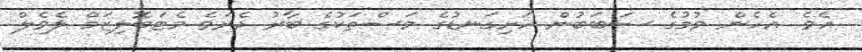
އެވެ. އެހެން ވުމުގެ ސަބަބުން ހަށިގަނޑުގެ މަސްތަކުގެ ބާރު ދެރަވެ މެޓަބޮލިޒަމް ލެވެލް